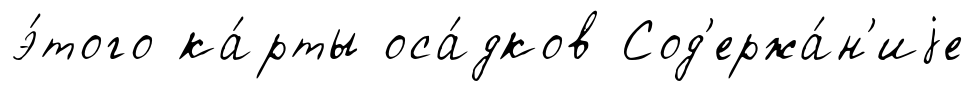
э́того ка́рты оса́дков Сод'ержа́н'иjе